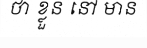
ថា ខ្លួន នៅ មាន